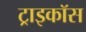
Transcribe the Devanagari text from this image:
ट्राइकॉस